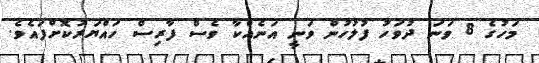
މަހުގެ 8 ވަނަ ދުވަހު ފުލުހުން ވަނީ އަނެއްކާ ވެސް ފާރިސް ހައްޔަރުކޮށްފައެވެ.